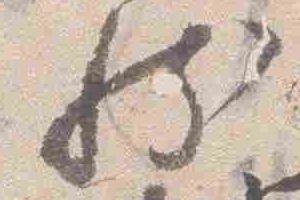
然